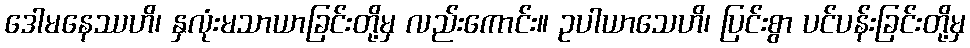
ဒေါမနေဿဟိ၊ နှလုံးမသာယာခြင်းတို့မှ လည်းကောင်း။ ဥပါယာသေဟိ၊ ပြင်းစွာ ပင်ပန်းခြင်းတို့မှ